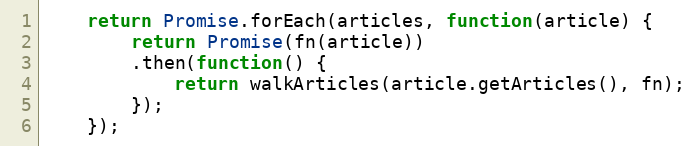
Language: JavaScript
    return Promise.forEach(articles, function(article) {
        return Promise(fn(article))
        .then(function() {
            return walkArticles(article.getArticles(), fn);
        });
    });